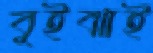
বুইঝাই